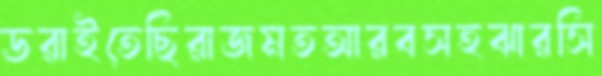
ডরাইতেছিরাজমতআরবসহঝারসি